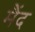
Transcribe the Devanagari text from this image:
मैंद